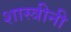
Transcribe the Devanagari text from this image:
शास्त्रीनी